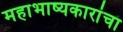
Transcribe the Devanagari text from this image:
महाभाष्यकारांचा